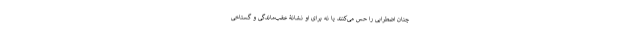
چنان اضطرابی را حس می‌کنند یا نه برای او نشانۀ عقب‌ماندگی و گستاخی